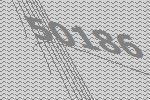
50186